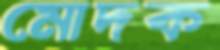
মোদক